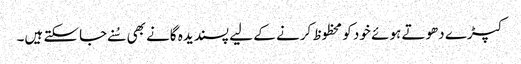
کپڑے دھوتے ہوئے خود کو محظوظ کرنے کے لیے پسندیدہ گانے بھی سُنے جاسکتے ہیں۔